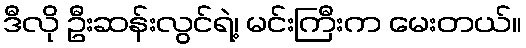
ဒီလို ဦးဆန်းလွင်ရဲ့၊ မင်းကြီးက မေးတယ်။